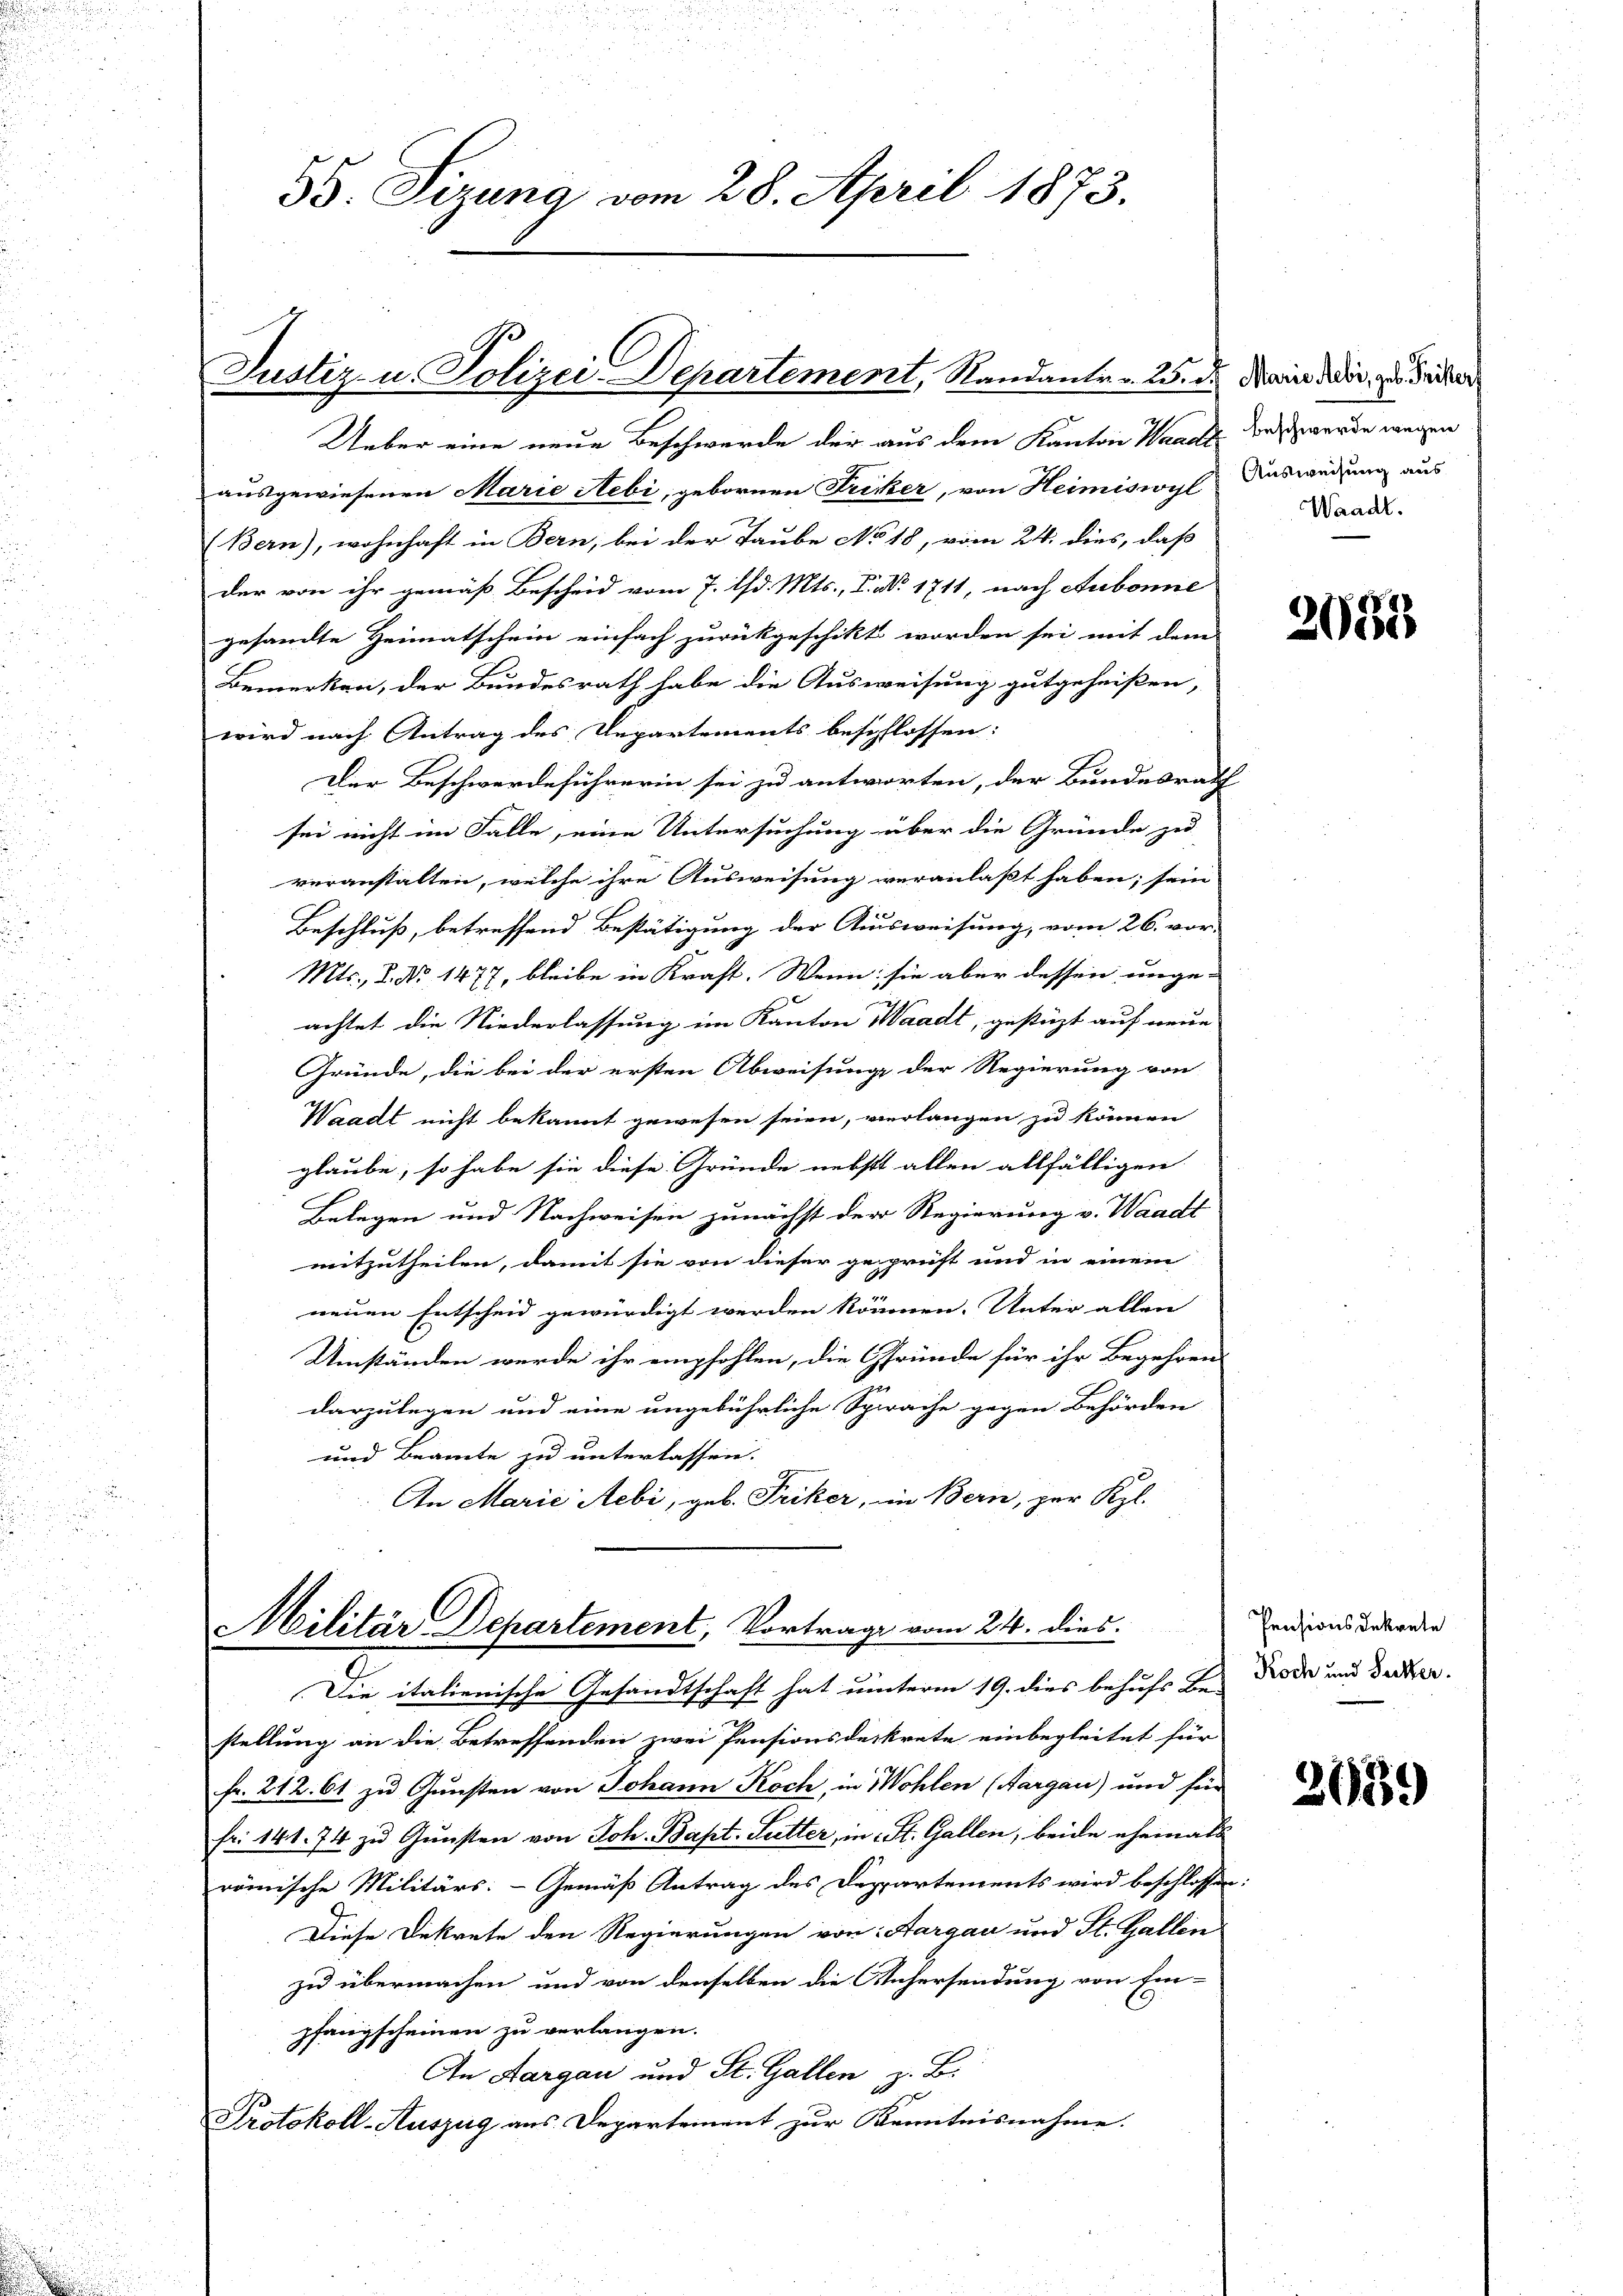
35. Sizung vom 28. April 1873.

ausgewiesenen Marie Nebi, gebornen Fricker, von Heimiswyl Ausweisung aus
(Bern), wohnhaft in Bern, bei der Taube No 18, vom 24. dies, daß
der von ihr gemäß Bescheid vom 7. d. Mts., I. No. 1711, nach Aubonne
gesandte Heimatschein einfach zurückgeschikt worden sei mit dem
Bemerken, der Bundesrath habe die Ausweisung gutgeheißen,
wird nach Antrag des Departements beschlossen:
Der Beschwerdeführerin sei zu antworten, der Bundesrath
sei nicht im Falle, eine Untersuchung über die Gründe zu
veranstalten, welche ihre Ausweisung veranlaßt haben; sein
Beschluß, betreffend Bestätigung der Ausweisung, vom 26. vor-
Mts., S. No 1477, bleibe in Kraft. Wenn sie aber dessen unge-
achtet die Niederlassung im Kanton Waadt, gestüzt auf neue
Gründe, die bei der ersten Abweisung der Regierung von
Waadt nicht bekannt gewesen seien, verlangen zu können
glaube, so habe sie diese Gründe nebst allen allfälligen
Belegen und Nachweisen zunächst der Regierung v. Waadt
mitzutheilen, damit sie von dieser gespriest und in einem
neuen Entscheid gewürdigt werden können. Unter allen
Umständen wurde ihr empfohlen, die Gründe für ihr Begehren
darzulegen und eine ungebührliche Sprache gegen Behörden
und Beamte zu unterlassen.
An Marie Aebi, geb. Friker, in Bern, zur Kgl.

Justiz- u. Polizei-Departement, Randante. 2. d. Mai die Geister
Ueber eine neue Beschwerde der aus dem Kanton Waadt des werde wegen

Militär Departement, Vortrage vom 24. dies

Waadt.

Die italienische Gesandtschaft hat unterm 19. dies behufs Be-
stellung an die Betreffenden zwei Pensionsdekrete einbegleitet für
fr. 212. 61 zu Gunsten von Johann Koch, in Wohlen (Aargau) und für
fr. 141. 74 zŭ Gŭnsten von Joh. Bapt. Seitter, in St. Gallen, beide ehemals
römische Militärs:- Gemäß Antrag des Dappartements wird beschlossen:
Diese Dekrete den Regierungen von Aargau und St. Gallen
zu übermachen und von denselben die Anhersendung von Ein-
pfangscheinen zu verlangen.
An Aargau und St. Gallen z. B.
Protokoll-Auszug aus Departement zur Kenntnisnahme.

2033

Pensionsdekrete
Koch und Secker.

2639